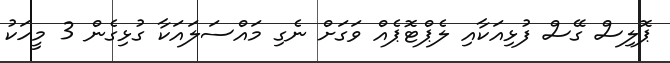
ޕޮލިސް ގޭސް ފުޅިއަކާއި ލެޕްޓޮޕެއް ވަގަށް ނެގި މައްސަލައަކާ ގުޅިގެން 3 މީހަކު